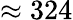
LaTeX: \approx 324